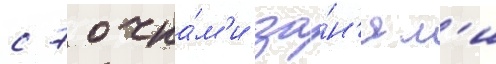
с 7 очка́м'и за́н'ял'и